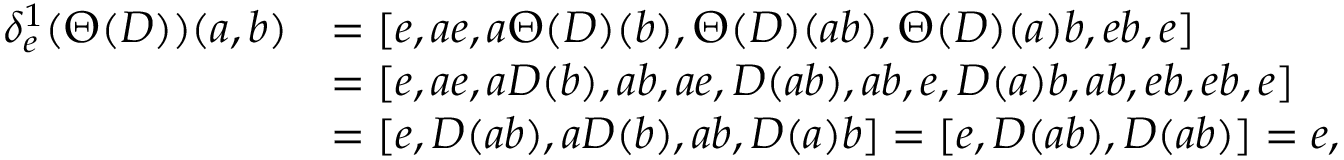
\begin{array} { r l } { \delta _ { e } ^ { 1 } ( \Theta ( D ) ) ( a , b ) } & { = [ e , a e , a \Theta ( D ) ( b ) , \Theta ( D ) ( a b ) , \Theta ( D ) ( a ) b , e b , e ] } \\ & { = [ e , a e , a D ( b ) , a b , a e , D ( a b ) , a b , e , D ( a ) b , a b , e b , e b , e ] } \\ & { = [ e , D ( a b ) , a D ( b ) , a b , D ( a ) b ] = [ e , D ( a b ) , D ( a b ) ] = e , } \end{array}